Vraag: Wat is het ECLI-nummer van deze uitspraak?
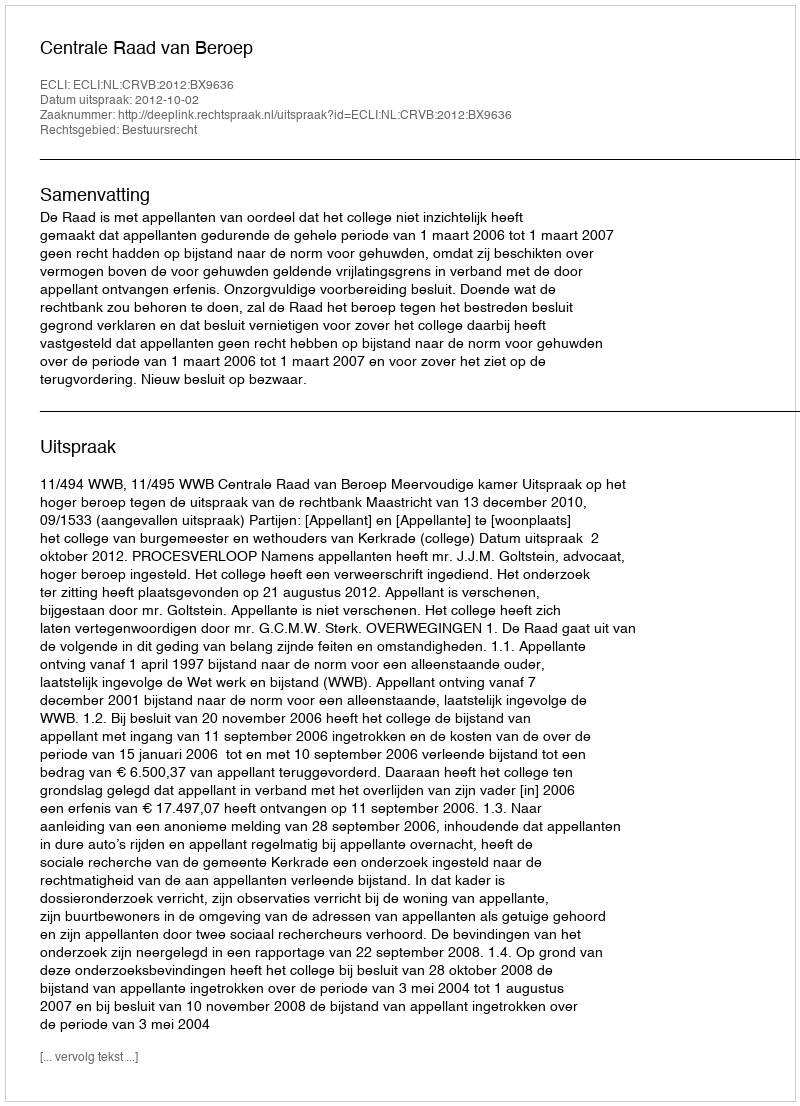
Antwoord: ECLI:NL:CRVB:2012:BX9636